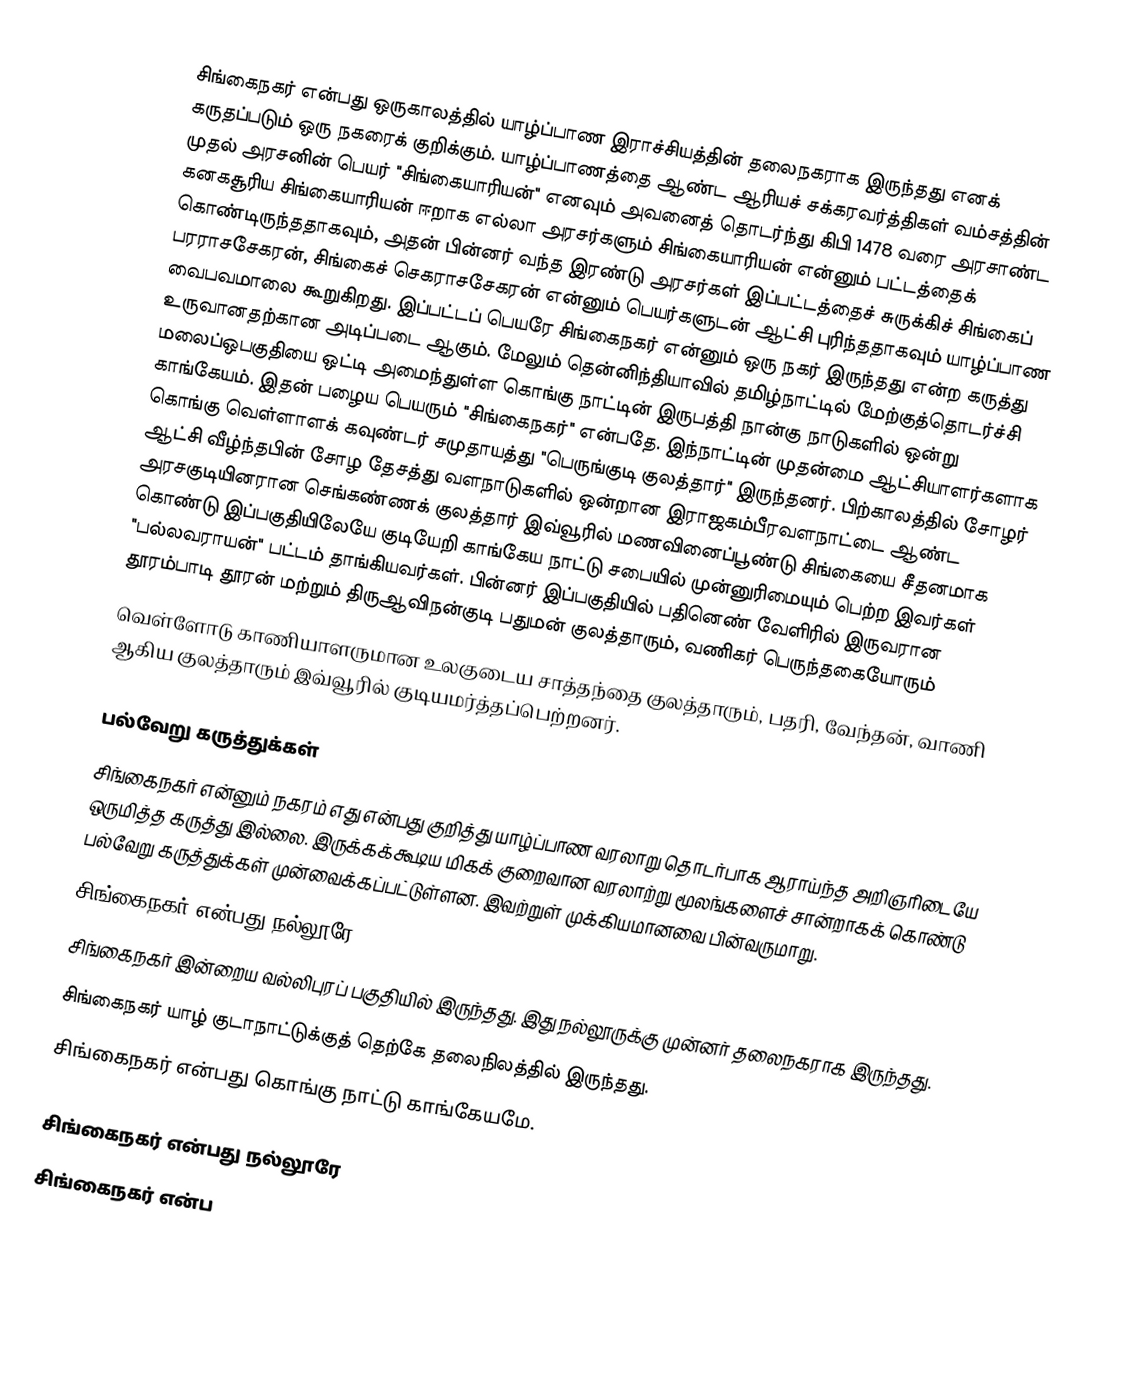
சிங்கைநகர் என்பது ஒருகாலத்தில் யாழ்ப்பாண இராச்சியத்தின் தலைநகராக இருந்தது எனக் கருதப்படும் ஒரு நகரைக் குறிக்கும். யாழ்ப்பாணத்தை ஆண்ட ஆரியச் சக்கரவர்த்திகள் வம்சத்தின் முதல் அரசனின் பெயர் "சிங்கையாரியன்" எனவும் அவனைத் தொடர்ந்து கிபி 1478 வரை அரசாண்ட கனகசூரிய சிங்கையாரியன் ஈறாக எல்லா அரசர்களும் சிங்கையாரியன் என்னும் பட்டத்தைக் கொண்டிருந்ததாகவும், அதன் பின்னர் வந்த இரண்டு அரசர்கள் இப்பட்டத்தைச் சுருக்கிச் சிங்கைப் பரராசசேகரன், சிங்கைச் செகராசசேகரன் என்னும் பெயர்களுடன் ஆட்சி புரிந்ததாகவும் யாழ்ப்பாண வைபவமாலை கூறுகிறது. இப்பட்டப் பெயரே சிங்கைநகர் என்னும் ஒரு நகர் இருந்தது என்ற கருத்து உருவானதற்கான அடிப்படை ஆகும். மேலும் தென்னிந்தியாவில் தமிழ்நாட்டில் மேற்குத்தொடர்ச்சி மலைப்ஒபகுதியை ஒட்டி அமைந்துள்ள கொங்கு நாட்டின் இருபத்தி நான்கு நாடுகளில் ஒன்று காங்கேயம். இதன் பழைய பெயரும் "சிங்கைநகர்" என்பதே. இந்நாட்டின் முதன்மை ஆட்சியாளர்களாக கொங்கு வெள்ளாளக் கவுண்டர் சமுதாயத்து "பெருங்குடி குலத்தார்" இருந்தனர்.  பிற்காலத்தில் சோழர் ஆட்சி வீழ்ந்தபின்  சோழ தேசத்து வளநாடுகளில் ஒன்றான இராஜகம்பீரவளநாட்டை ஆண்ட அரசகுடியினரான செங்கண்ணக் குலத்தார் இவ்வூரில் மணவினைப்பூண்டு சிங்கையை சீதனமாக கொண்டு இப்பகுதியிலேயே குடியேறி காங்கேய நாட்டு சபையில் முன்னுரிமையும் பெற்ற இவர்கள் "பல்லவராயன்" பட்டம் தாங்கியவர்கள். பின்னர் இப்பகுதியில் பதினெண் வேளிரில் இருவரான தூரம்பாடி  தூரன் மற்றும் திருஆவிநன்குடி பதுமன் குலத்தாரும், வணிகர் பெருந்தகையோரும்
வெள்ளோடு காணியாளருமான உலகுடைய சாத்தந்தை குலத்தாரும், பதரி, வேந்தன், வாணி ஆகிய குலத்தாரும் இவ்வூரில் குடியமர்த்தப்பெற்றனர்.

பல்வேறு கருத்துக்கள்
சிங்கைநகர் என்னும் நகரம் எது என்பது குறித்து யாழ்ப்பாண வரலாறு தொடர்பாக ஆராய்ந்த அறிஞரிடையே ஒருமித்த கருத்து இல்லை. இருக்கக்கூடிய மிகக் குறைவான வரலாற்று மூலங்களைச் சான்றாகக் கொண்டு பல்வேறு கருத்துக்கள் முன்வைக்கப்பட்டுள்ளன. இவற்றுள் முக்கியமானவை பின்வருமாறு.
 சிங்கைநகர் என்பது நல்லூரே.
 சிங்கைநகர் இன்றைய வல்லிபுரப் பகுதியில் இருந்தது. இது நல்லூருக்கு முன்னர் தலைநகராக இருந்தது.
 சிங்கைநகர் யாழ் குடாநாட்டுக்குத் தெற்கே தலைநிலத்தில் இருந்தது.
சிங்கைநகர் என்பது கொங்கு நாட்டு காங்கேயமே.

சிங்கைநகர் என்பது நல்லூரே
சிங்கைநகர் என்ப